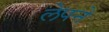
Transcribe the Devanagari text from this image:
लेपने